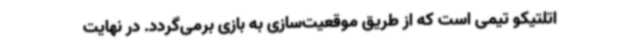
اتلتیکو تیمی است که از طریق موقعیت‌سازی به بازی برمی‌گردد. در نهایت